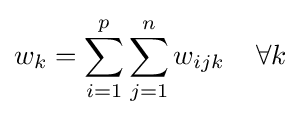
{\begin{aligned}&w_{k}=\sum _{i=1}^{p}\sum _{j=1}^{n}w_{ijk}\;\;\;\;\forall k\\\end{aligned}}